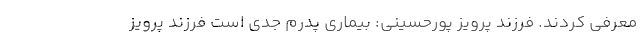
معرفی کردند. فرزند پرویز پورحسینی: بیماری پدرم جدی است فرزند پرویز